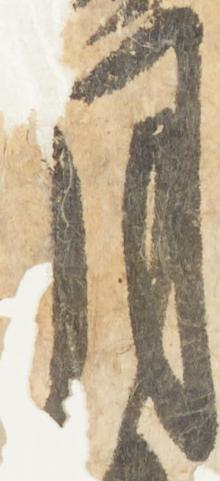
月